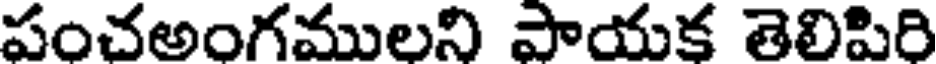
పంచఅంగములని పాయక తెలిపిరి